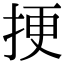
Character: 挭